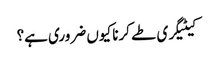
کیٹیگری طے کرنا کیوں ضروری ہے؟